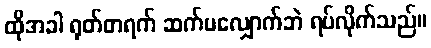
ထိုအခါ ရုတ်တရက် ဆက်မလျှောက်ဘဲ ရပ်လိုက်သည်။